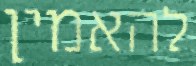
להאמין